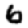
Digit: 6